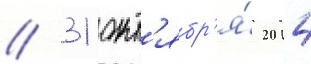
// 31 окт'ябр'я́ 2014